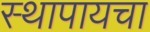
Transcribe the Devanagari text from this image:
स्थापायचा